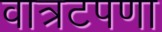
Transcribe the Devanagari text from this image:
वात्रटपणा